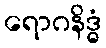
ရောဂနိဒ္ဓံ